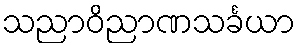
သညာဝိညာဏသင်္ခယာ